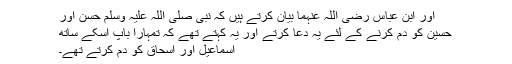
اور ابن عباس رضی اللہ عنہما بیان کرتے ہیں کہ نبی صلی اللہ علیہ وسلم حسن اور
حسین کو دم کرنے کے لئے یہ دعا کرتے اور یہ کہتے تھے کہ تمہارا باپ اسکے ساتھ
اسماعیل اور اسحاق کو دم کرتے تھے۔